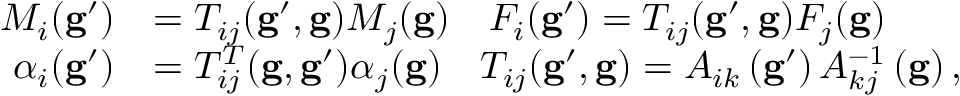
\begin{array} { r l } { M _ { i } ( \mathbf { g } ^ { \prime } ) } & { = T _ { i j } ( \mathbf { g } ^ { \prime } , \mathbf { g } ) M _ { j } ( \mathbf { g } ) \quad F _ { i } ( \mathbf { g } ^ { \prime } ) = T _ { i j } ( \mathbf { g } ^ { \prime } , \mathbf { g } ) F _ { j } ( \mathbf { g } ) } \\ { \alpha _ { i } ( \mathbf { g } ^ { \prime } ) } & { = T _ { i j } ^ { T } ( \mathbf { g } , \mathbf { g } ^ { \prime } ) \alpha _ { j } ( \mathbf { g } ) \quad T _ { i j } ( \mathbf { g } ^ { \prime } , \mathbf { g } ) = A _ { i k } \left( \mathbf { g } ^ { \prime } \right) A _ { k j } ^ { - 1 } \left( \mathbf { g } \right) , } \end{array}